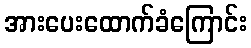
အားပေးထောက်ခံကြောင်း